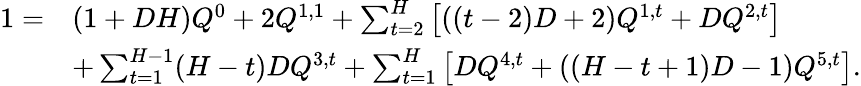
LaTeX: \begin{array}{rl}{1=}&{(1+DH)Q^{0}+2Q^{1,1}+\sum_{t=2}^{H}\left[((t-2)D+2)Q^{1,t}+DQ^{2,t}\right]}\\ &{+\sum_{t=1}^{H-1}(H-t)DQ^{3,t}+\sum_{t=1}^{H}\left[DQ^{4,t}+((H-t+1)D-1)Q^{5,t}\right].}\end{array}